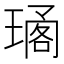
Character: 𤧱